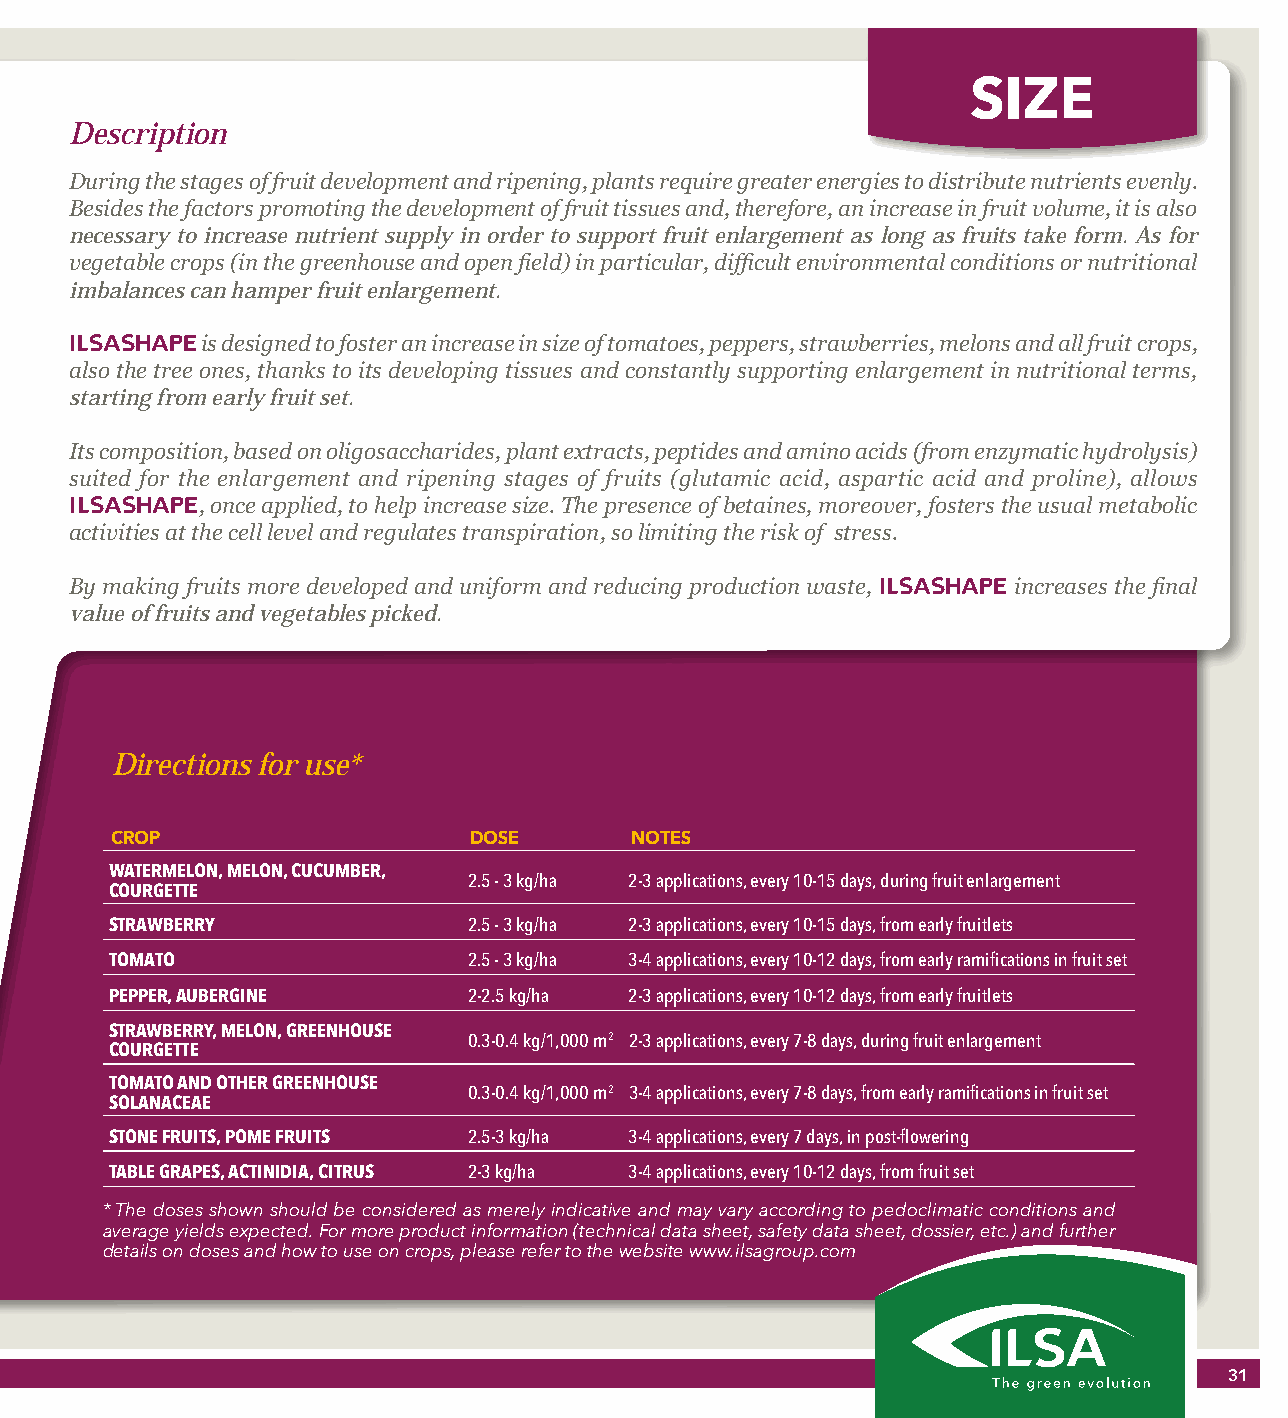
SIZE
 Description
 During the stages of fruit development and ripening, plants require greater energies to distribute nutrients evenly.
 Besides the factors promoting the development of fruit tissues and, therefore, an increase in fruit volume, it is also
 necessary to increase nutrient supply in order to support fruit enlargement as long as fruits take form. As for
 vegetable crops (in the greenhouse and open field) in particular, difficult environmental conditions or nutritional
 imbalances can hamper fruit enlargement.
 ILSASHAPE is designed to foster an increase in size of tomatoes, peppers, strawberries, melons and all fruit crops,
 also the tree ones, thanks to its developing tissues and constantly supporting enlargement in nutritional terms,
 starting from early fruit set.
 Its composition, based on oligosaccharides, plant extracts, peptides and amino acids (from enzymatic hydrolysis)
 suited for the enlargement and ripening stages of fruits (glutamic acid, aspartic acid and proline), allows
 ILSASHAPE, once applied, to help increase size. The presence of betaines, moreover, fosters the usual metabolic
 activities at the cell level and regulates transpiration, so limiting the risk of stress.
 By making fruits more developed and uniform and reducing production waste, ILSASHAPE increases the final
 value of fruits and vegetables picked.
 Directions for use*
 CROP                    DOSE       NOTES
 WATERMELON, MELON, CUCUMBER,
 2.5 - 3 kg/ha 2-3 applications, every 10-15 days, during fruit enlargement
 COURGETTE
 STRAWBERRY              2.5 - 3 kg/ha 2-3 applications, every 10-15 days, from early fruitlets
 TOMATO                  2.5 - 3 kg/ha 3-4 applications, every 10-12 days, from early ramifications in fruit set
 PEPPER, AUBERGINE       2-2.5 kg/ha 2-3 applications, every 10-12 days, from early fruitlets
 STRAWBERRY, MELON, GREENHOUSE
 0.3-0.4 kg/1,000 m2 2-3 applications, every 7-8 days, during fruit enlargement
 COURGETTE
 TOMATO AND OTHER GREENHOUSE
 0.3-0.4 kg/1,000 m2 3-4 applications, every 7-8 days, from early ramifications in fruit set
 SOLANACEAE
 STONE FRUITS, POME FRUITS 2.5-3 kg/ha 3-4 applications, every 7 days, in post-flowering
 TABLE GRAPES, ACTINIDIA, CITRUS 2-3 kg/ha 3-4 applications, every 10-12 days, from fruit set
 * The doses shown should be considered as merely indicative and may vary according to pedoclimatic conditions and
 average yields expected. For more product information (technical data sheet, safety data sheet, dossier, etc.) and further
 details on doses and how to use on crops, please refer to the website www.ilsagroup.com
 31